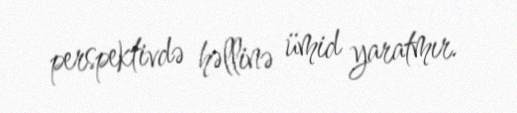
perspektivdə həllinə ümid yaratmır.